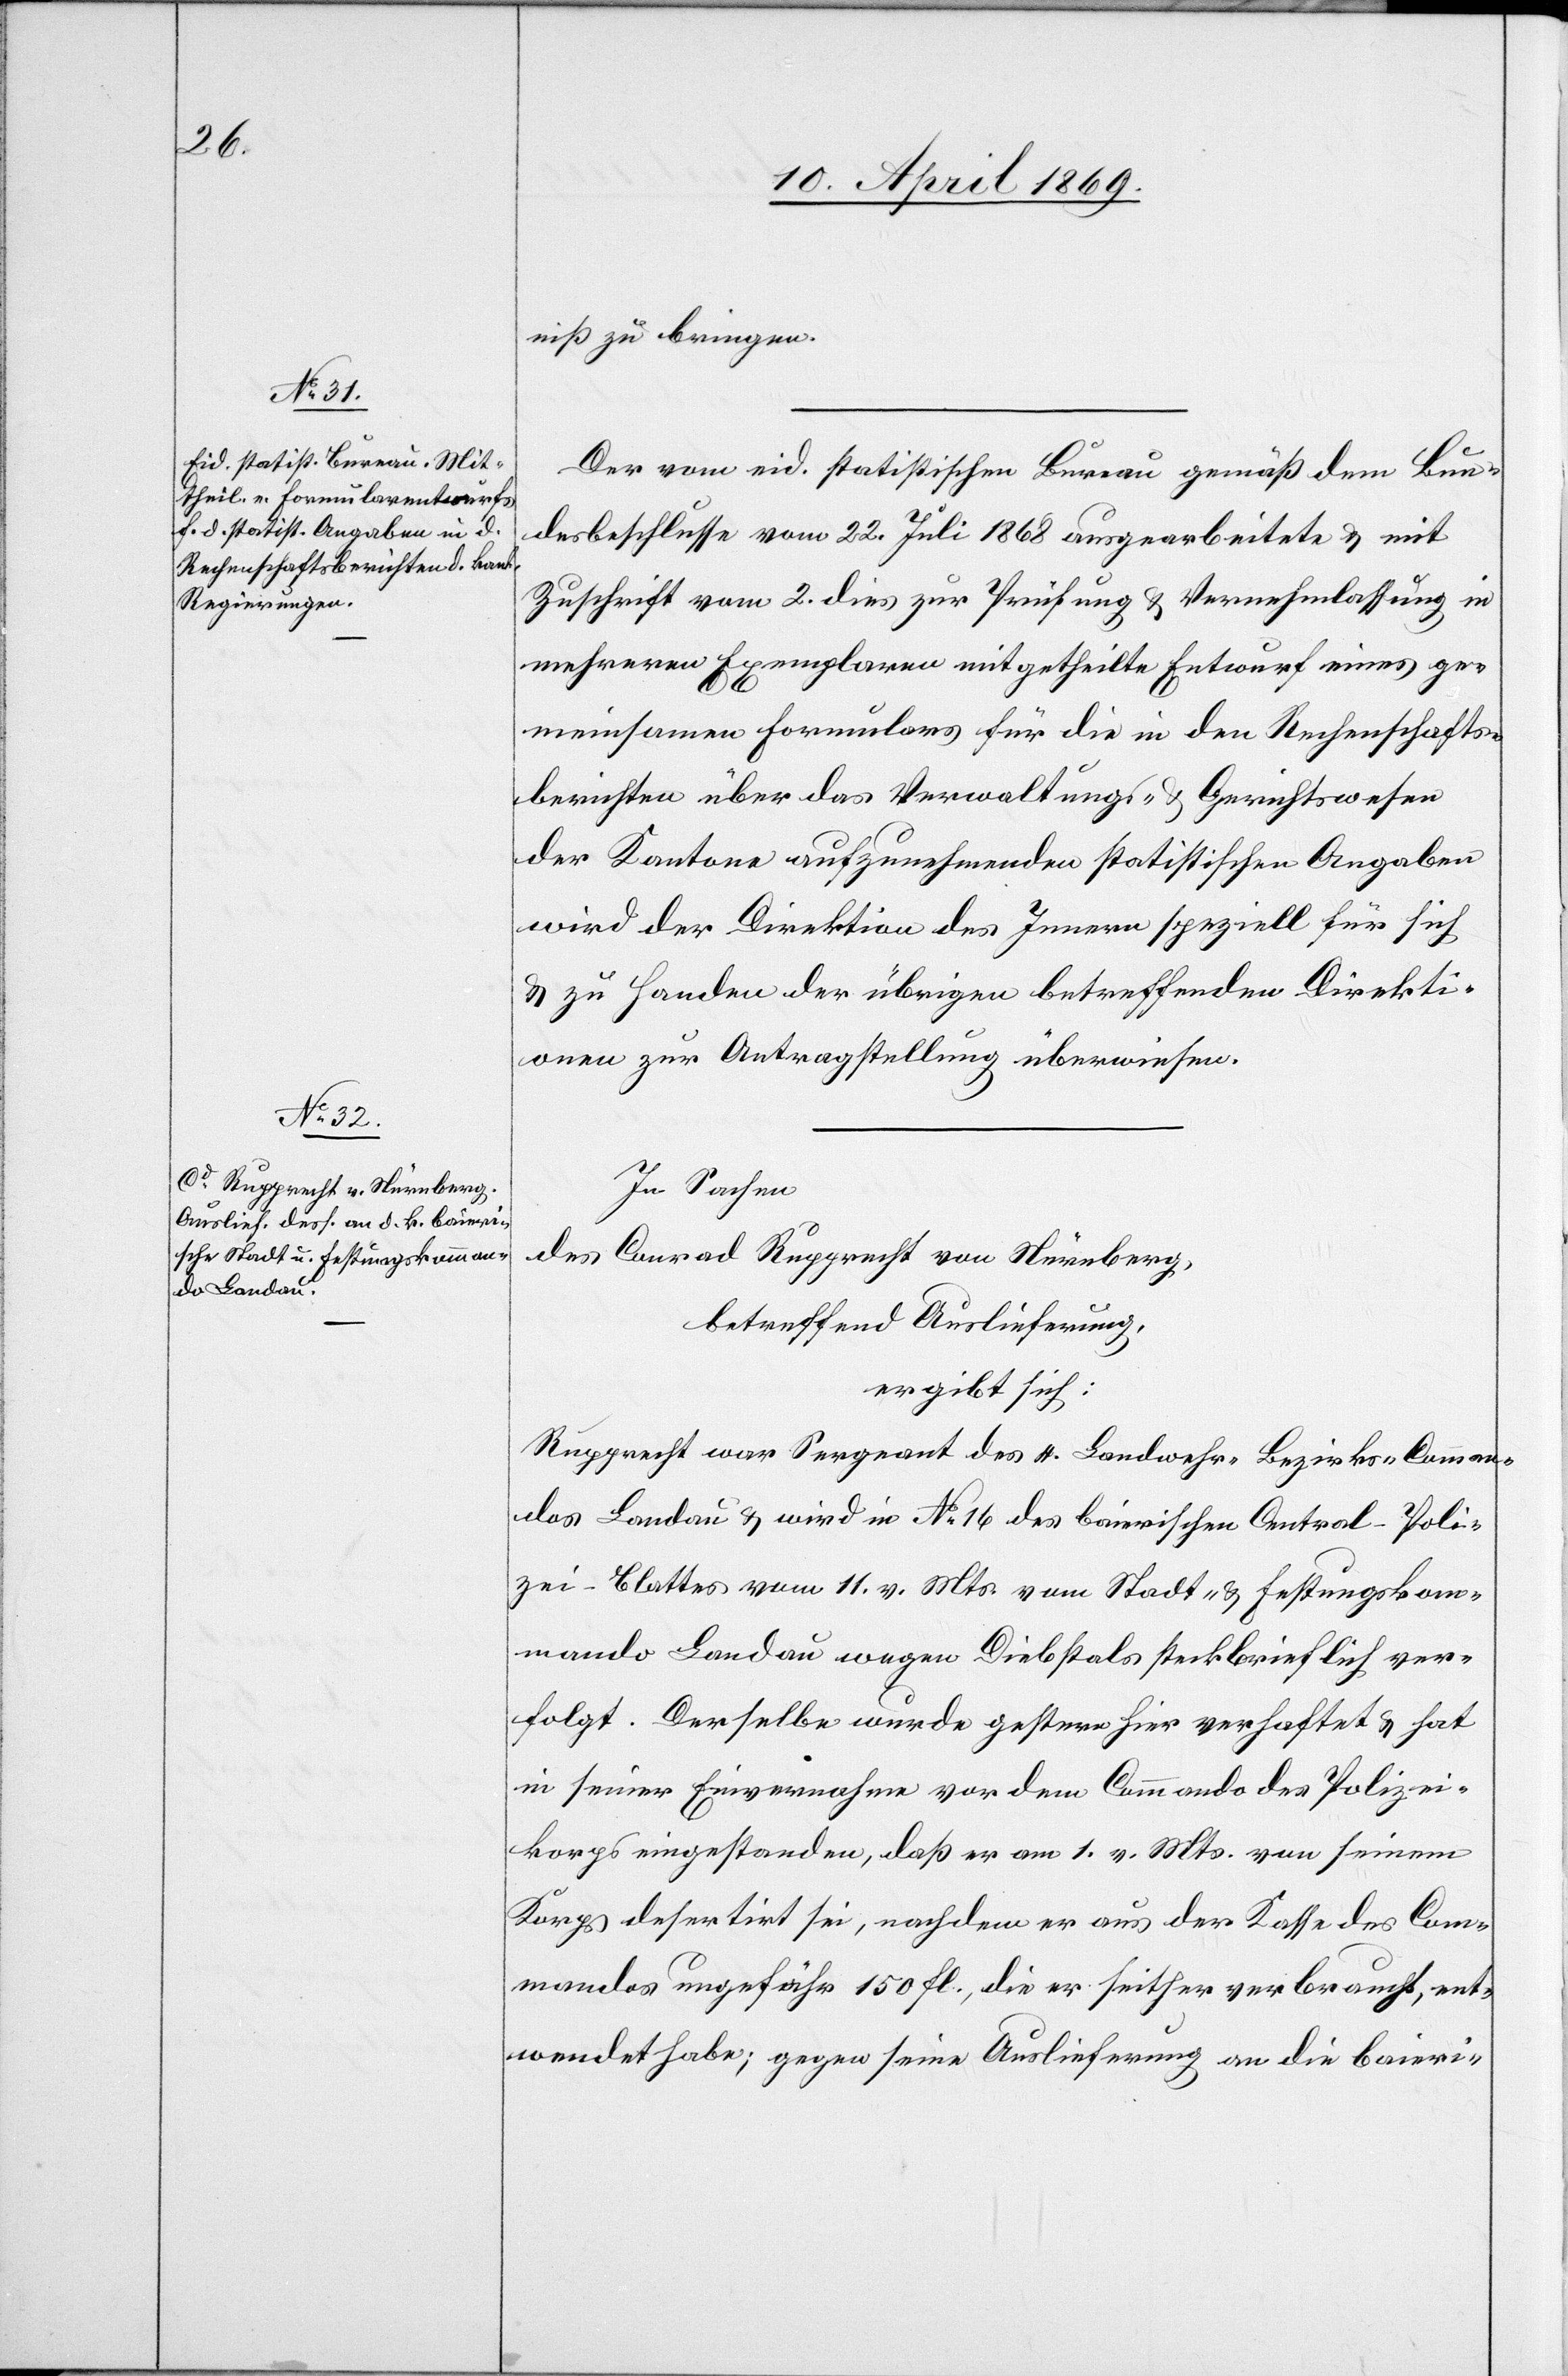
niß zu bringen.
Der vom eid. statistischen Bureau gemäß dem Bun¬
desbeschlusse vom 22. Juli 1868 ausgearbeitete u. mit
Zuschrift vom 2. dies zur Prüfung u. Vernehmlassung in
mehreren Exemplaren mitgetheilte Entwurf eines ge¬
meinsamen Formulars für die in den Rechenschafts¬
berichten über das Verwaltungs- u. Gerichtswesen
der Kantone aufzunehmenden statistischen Angaben
wird der Direktion des Innern speziell für sich
u. zu Handen der übrigen betreffenden Direkti¬
onen zur Antragstellung überwiesen.
In Sachen
des
Conrad Rupprecht von Nürnberg,
betreffend Auslieferung,
ergibt sich:
Rupprecht war Sergeant des 4. Landwehr-Bezirks-Comman¬
dos Landau u. wird in N° 16 des bairischen Control-Poli¬
zei-Blattes vom 11. v. Mts. vom Stadt- u. Festungskom¬
mando Landau wegen Diebstals steckbrieflich ver¬
folgt. Derselbe wurde gestern hier verhaftet u. hat
in seiner Einvernahme vor dem Commando des Polizei¬
korps eingestanden, daß er am 1. v. Mts. von seinem
Korps desertirt sei, nachdem er aus der Kasse des Com¬
mandos ungefähr 150 fl., die er seither verbraucht, ent¬
wendet habe; gegen seine Auslieferung an die bairi-